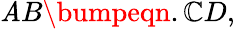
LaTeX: \mathit{A}B\bumpeqn.\mathbb{C}D,